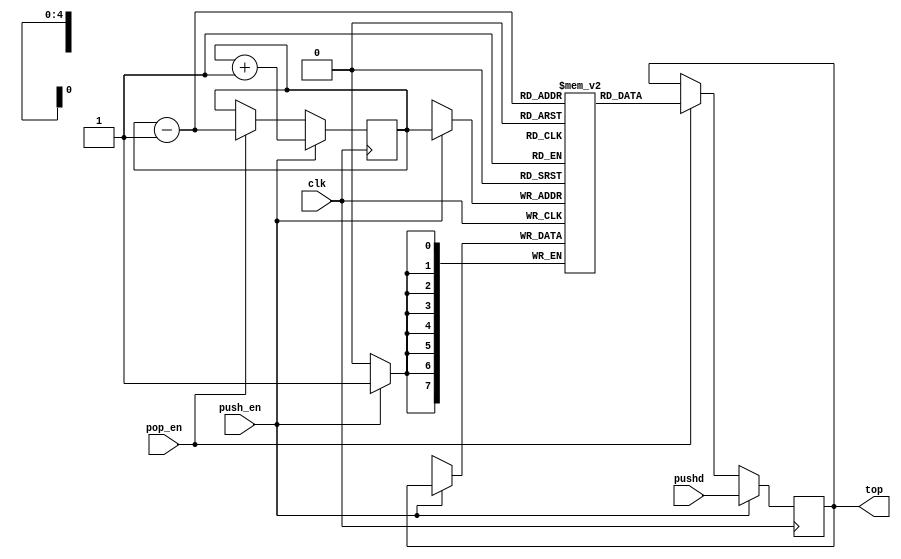
module stack(top, clk, pushd, push_en, pop_en);

    // Width of data values stored on the stack
    parameter DATA_WIDTH = 8;

    // Width of stack addresses (max stack size = 2^ADDR_WIDTH)
    parameter ADDR_WIDTH = 5;

    // Inputs and outputs
    output [DATA_WIDTH - 1:0]   top;    // Value on the top of the stack

    input                       clk;    // Clock

    input [DATA_WIDTH - 1:0]    pushd;  // Incoming data for push operations
    input                       push_en;// Pushing on next clock
    input                       pop_en; // Pop on next clock

    // Stack storage and pointer
    //  stack_ptr = next location to store data
    reg [DATA_WIDTH - 1:0] stack_data[0:(1 << ADDR_WIDTH) - 1];
    reg [ADDR_WIDTH - 1:0] stack_ptr;

    // Top of the stack
    reg [DATA_WIDTH - 1:0] stack_top;

    // View of the top of the stack
    assign top = stack_top;

    // Stack initialization
    integer i;

    initial
    begin
        // Registers
        stack_ptr = 0;
        stack_top = 0;

        // Stack data
        for (i = 0; i < (1 << ADDR_WIDTH); i = i + 1)
            stack_data[i] = 0;
    end

    // Main pushing and popping code
    always @(posedge clk)
    begin
        if (push_en)
        begin
            // Copy onto stack and increment pointer
            stack_data[stack_ptr] <= stack_top;
            stack_ptr <= stack_ptr + 1'b1;

            // Update stack top
            stack_top <= pushd;
        end
        else if (pop_en)
        begin
            // Pop by decrementing pointer
            stack_ptr <= stack_ptr - 1'b1;

            // Update stack top
            stack_top <= stack_data[stack_ptr - 1'b1];
        end
    end
endmodule